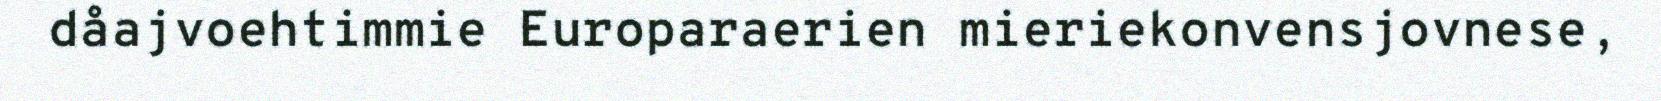
dåajvoehtimmie Europaraerien mieriekonvensjovnese,